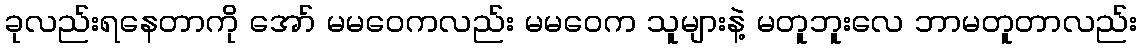
ခုလည်းရနေတာကို အော် မမဝေကလည်း မမဝေက သူများနဲ့ မတူဘူးလေ ဘာမတူတာလည်း